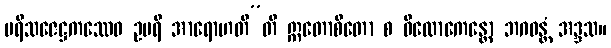
ပရိသဇေဋ္ဌကဿေဝ ဥပရိ အာရောဟတီ”တိ ဣတောစိတော စ ဝိလောကေန္တော ဘဂဝန္တံ အဒ္ဒသ။